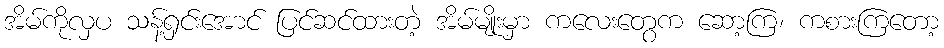
အိမ်ကိုလှပ သန့်ရှင်းအောင် ပြင်ဆင်ထားတဲ့ အိမ်မျိုးမှာ ကလေးတွေက ဆော့ကြ၊ ကစားကြတော့